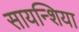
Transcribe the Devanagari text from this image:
सायन्शिया